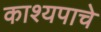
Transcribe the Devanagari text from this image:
काश्यपाचे